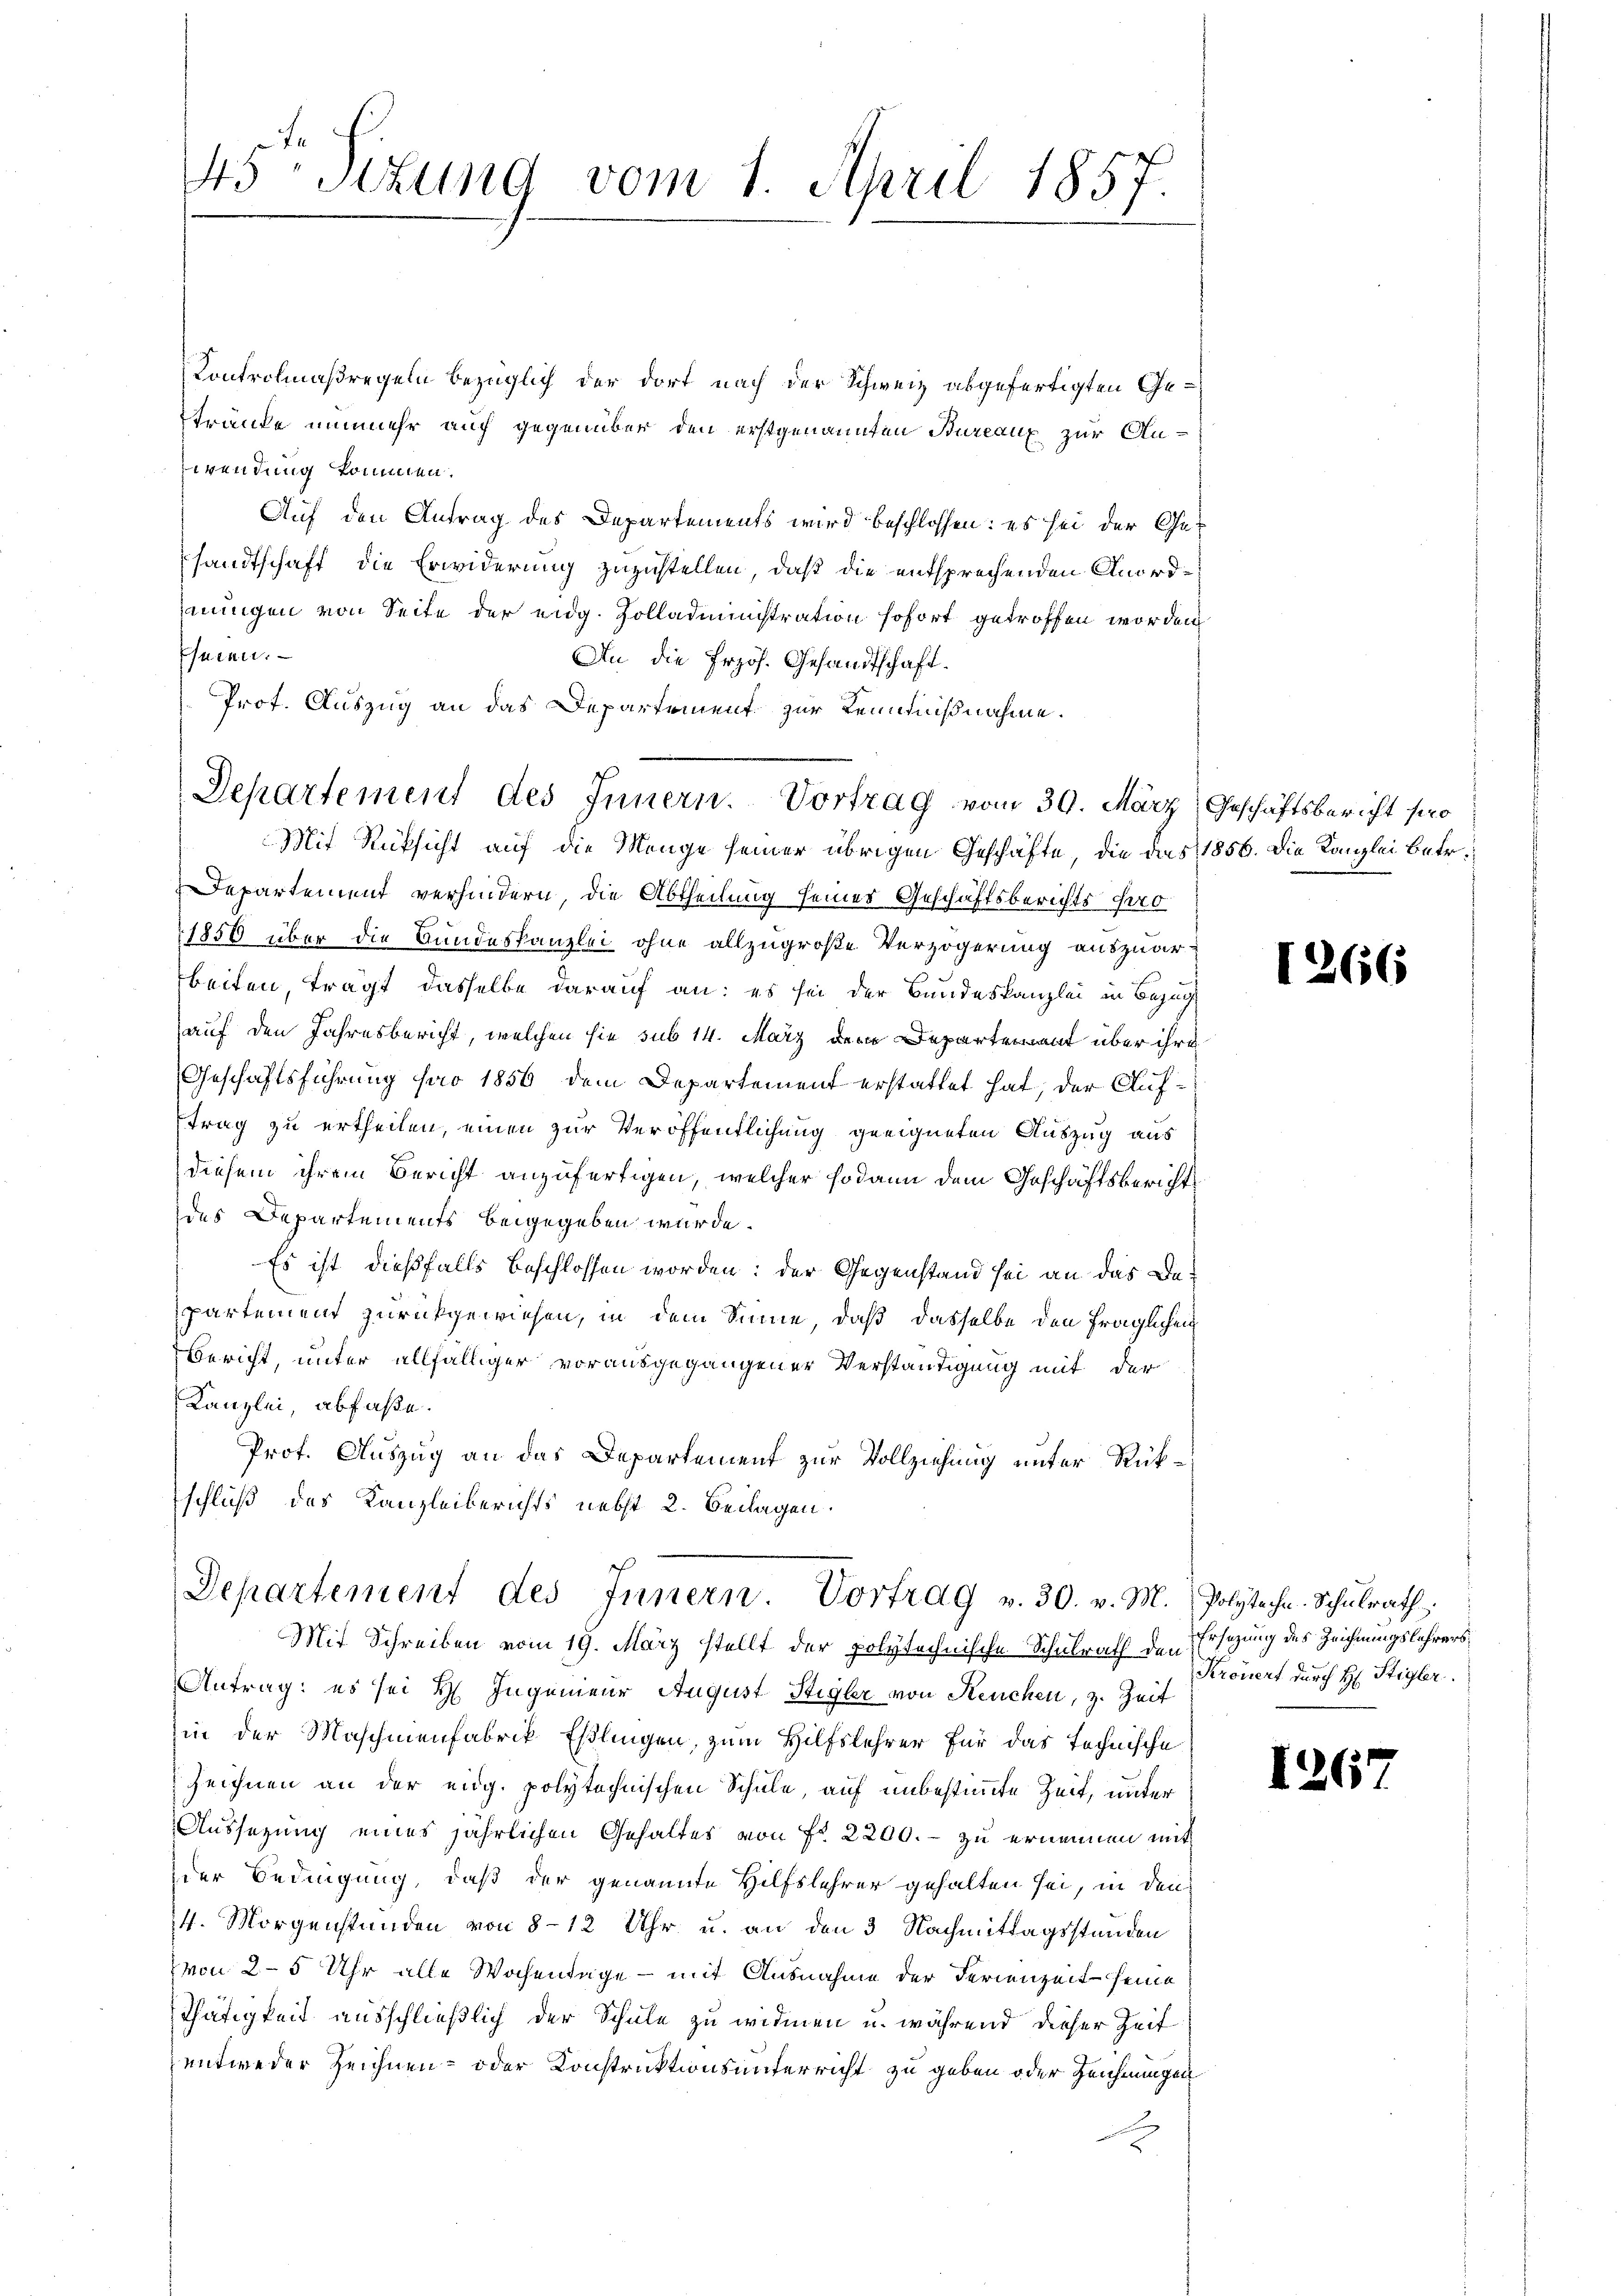
45 schung vom 1. April 1857.

Kontrolmaßregeln bezüglich der dort nach der Schweiz abgefertigten Getränke nunmehr auch gegenüber den erstgenannten Bureaux zur An-
wendung kommen.
Auf den Antrag des Departements wird beschlossen: es sei der Gesandtschaft die Erwiderung zuzustellen, daß die entsprechenden Anordnungen von Seite der eidg. Zolladministration sofort getroffen worden
Eheren.
An die Erzös. Gesandtschaft.
Prof. Auszug an das Departement zur Kenntnißnahme.
Mit Rücksicht auf die Menge seiner übrigen Geschäfte, die das 1856. Die Kanzlei betr.
Departement verhindern, die Abtheilung seines Geschäftsberichts Jo¬
1856 über die Bundeskanzlei ohne allzugroße Verzögerung auszuarbeiten, tragt dasselbe darauf an: es sei der Bundeskanzlei in Bezug
auf den Jahresbericht, welchen sie sub 14. März dem Departement über ihre
Geschäftsführung pro 1856 dem Departement erstattet hat, der Auftrag zu ertheilen, einen zur Veröffentlichung geeigneten Auszug aus
diesem ihrem Bericht anzufertigen, welcher sodann dem Geschäftsbericht
des Departements beigegeben wurde.
Es ist dießfalls beschlossen worden: der Gegenstand sei an das Departement zurückgewiesen, in dem Sinne, daß dasselbe den fraglichen
Bericht, unter allfälliger vorausgegangener Verständigung mit der
Kanzlei, abfaße.
Prof. Auszug an das Departement zur Vollziehung unter Rückschluß des Kanzleiberichts nebst 2. Beilagen.
Departement des Innern. Vortrag v. 30. v. M. Polytechn. Schŭlrath
Mit Schreiben vom 19. März stellt der polytechnische Schulrath den Ersezung des Zeichnungslehrers
Antrag: es sei H. Ingenieur August Stigler von Keuchen, z. Zeit
in der Maschinenfabrik Eßlingen, zum Hilfslehrer für das Technische
Zeichnen an der eidg. polytechnischen Schule, auf unbestimmte Zeit, unter
Aussezung eines jährlichen Gehaltes von Fr. 2200. - zu ernennen mit
der Bedingung, daß der genannte Hilfslehrer gehalten sei, in den
14. Morgenständen von 8-12 Uhr u. an den 3 Nachmittagsstanden
von 2-5 Uhr alle Wochentage - mit Ausnahme der Ferienzeit seine
Thätigkeit ausschließlich der Schule zu widmen u. während dieser Zeit
entweder Zeichnen- oder Konstruktionsunterricht zu geben oder Zeichnungen

Separtement des Innern. Vortrag vom 30. März, Geschäftsbericht pro

1266

Krönert durch H: Stigler.

126